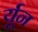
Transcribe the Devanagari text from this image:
र्यून